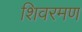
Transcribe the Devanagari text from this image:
शिवरमण